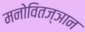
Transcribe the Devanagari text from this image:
मनोवितज्ञान